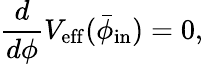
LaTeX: \frac{d}{d\phi}V_{\mathrm{eff}}(\bar{\phi}_{\mathrm{in}})=0,